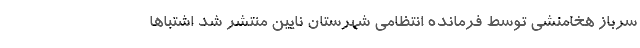
سرباز هخامنشی توسط فرمانده انتظامی شهرستان نایین منتشر شد اشتباها